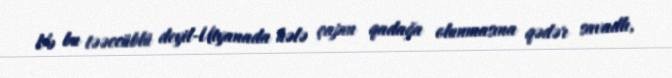
Və bu təəccüblü deyil-Utyanada hələ çapın qadağa olunmasına qədər savadlı,